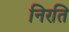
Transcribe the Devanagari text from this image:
निरति